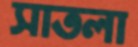
সাতলা